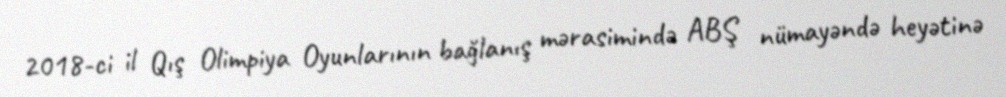
2018-ci il Qış Olimpiya Oyunlarının bağlanış mərasimində ABŞ nümayəndə heyətinə